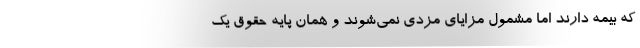
که بیمه دارند اما مشمول مزایای مزدی نمی‌شوند و همان پایه حقوق یک